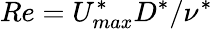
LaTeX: Re=U_{max}^{*}D^{*}/\nu^{*}